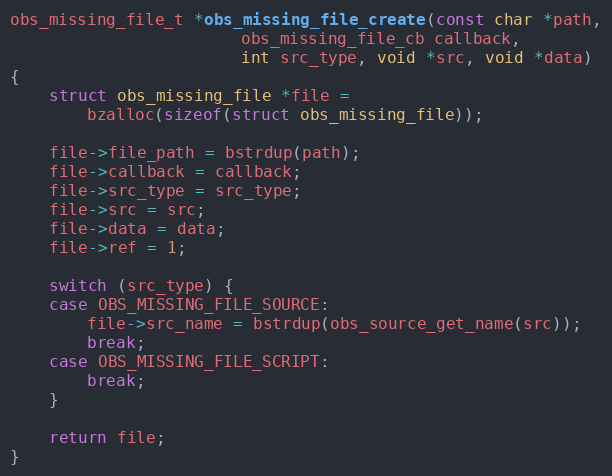
Language: C
obs_missing_file_t *obs_missing_file_create(const char *path,
					    obs_missing_file_cb callback,
					    int src_type, void *src, void *data)
{
	struct obs_missing_file *file =
		bzalloc(sizeof(struct obs_missing_file));

	file->file_path = bstrdup(path);
	file->callback = callback;
	file->src_type = src_type;
	file->src = src;
	file->data = data;
	file->ref = 1;

	switch (src_type) {
	case OBS_MISSING_FILE_SOURCE:
		file->src_name = bstrdup(obs_source_get_name(src));
		break;
	case OBS_MISSING_FILE_SCRIPT:
		break;
	}

	return file;
}